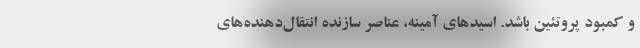
و کمبود پروتئین باشد. اسید‌های آمینه، عناصر سازنده انتقال‌دهنده‌های